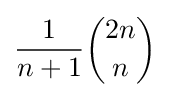
{\frac {1}{n+1}}{\binom {2n}{n}}